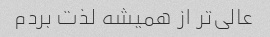
عالی‌تر از همیشه لذت بردم